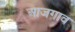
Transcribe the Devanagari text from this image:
आजगाव